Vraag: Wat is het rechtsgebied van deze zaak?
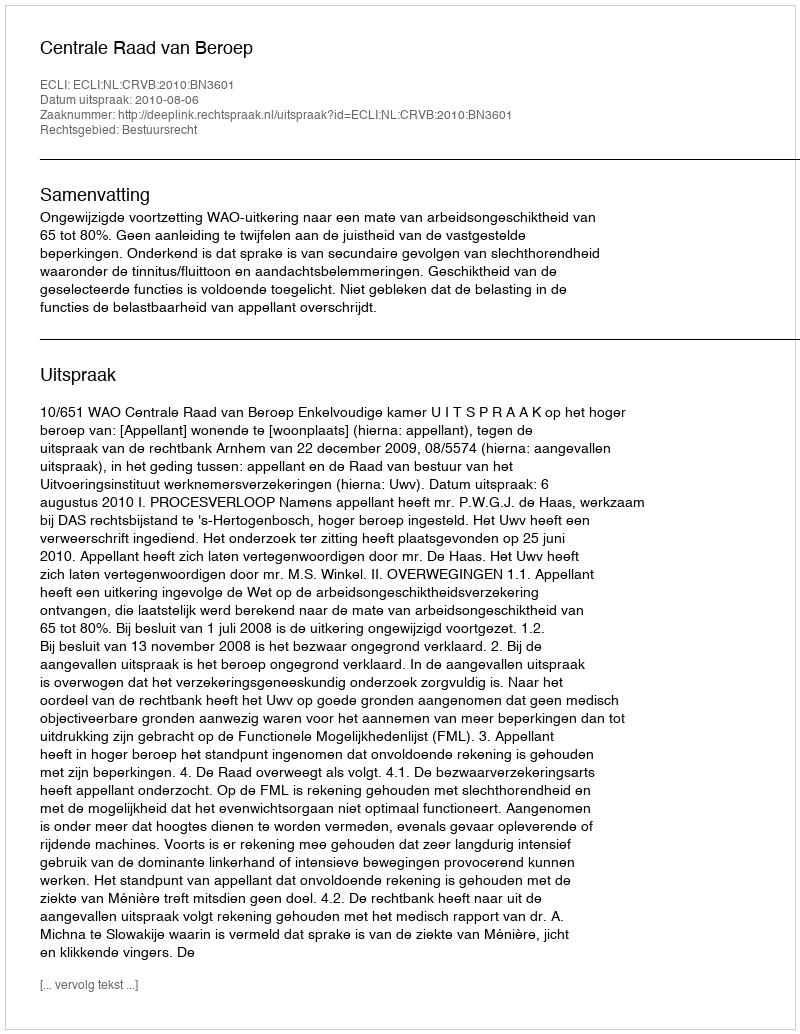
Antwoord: Bestuursrecht